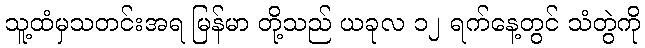
သူ့ထံမှသတင်းအရ မြန်မာ တို့သည် ယခုလ ၁၂ ရက်နေ့တွင် သံတွဲကို